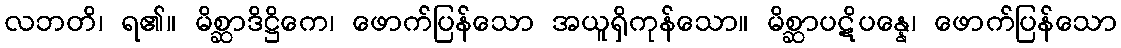
လဘတိ၊ ရ၏။ မိစ္ဆာဒိဋ္ဌိကေ၊ ဖောက်ပြန်သော အယူရှိကုန်သော။ မိစ္ဆာပဋိပန္နေ၊ ဖောက်ပြန်သော